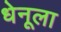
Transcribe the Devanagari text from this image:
धेनूला